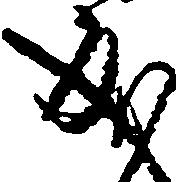
成